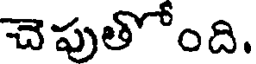
చెపుతోంది.